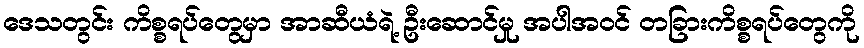
ဒေသတွင်း ကိစ္စရပ်တွေမှာ အာဆီယံရဲ့ ဦးဆောင်မှု အပါအဝင် တခြားကိစ္စရပ်တွေကို